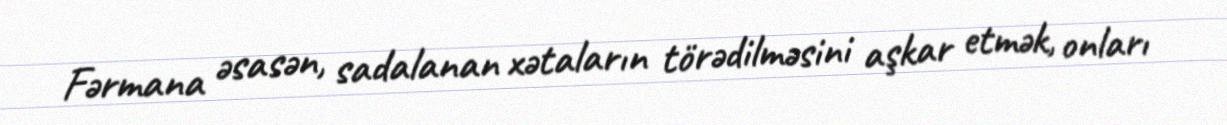
Fərmana əsasən, sadalanan xətaların törədilməsini aşkar etmək, onları